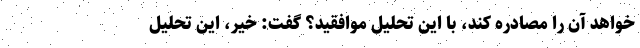
خواهد آن را مصادره کند، با این تحلیل موافقید؟ گفت: خیر، این تحلیل